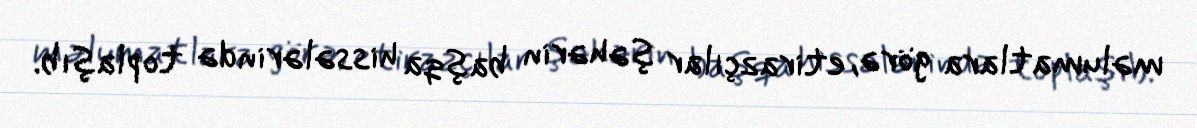
məlumatlara görə, etirazçılar şəhərin başqa hissələrində toplaşıb.